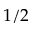
1 / 2